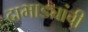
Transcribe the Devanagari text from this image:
दाभाड्यांची